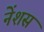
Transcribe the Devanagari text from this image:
नेंशस